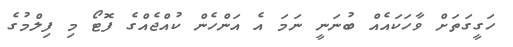
ހަގީގަތަށް ވާހަކައެއް ބުނަނީ ނަމަ އެ އަންހެން ކުއްޖެއްގެ ފޮޓޯ މި ފިލްމުގެ